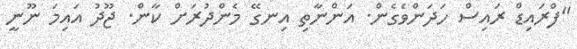
"ފްރައިޑް ރައިސް ހަދަންވެގެން. އަންނާތި އިނގޭ މެންދުރަށް ކާން. ޖޫދު އައިމަ ނޫނީ